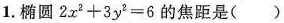
1.椭圆2x^2+3y^2=6的焦距是（ ）